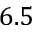
6 . 5